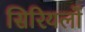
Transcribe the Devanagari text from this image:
सिरियलों